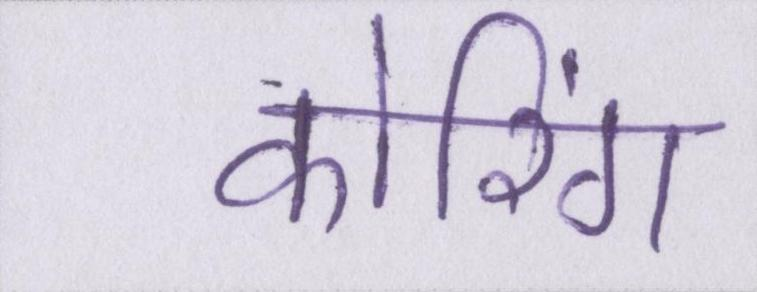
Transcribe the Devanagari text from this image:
कोरिंग